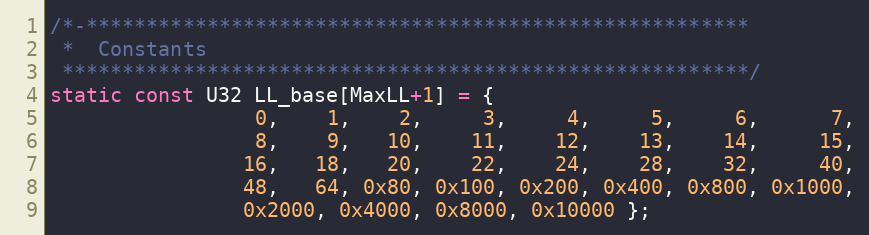
Language: C
/*-*******************************************************
 *  Constants
 *********************************************************/
static const U32 LL_base[MaxLL+1] = {
                 0,    1,    2,     3,     4,     5,     6,      7,
                 8,    9,   10,    11,    12,    13,    14,     15,
                16,   18,   20,    22,    24,    28,    32,     40,
                48,   64, 0x80, 0x100, 0x200, 0x400, 0x800, 0x1000,
                0x2000, 0x4000, 0x8000, 0x10000 };